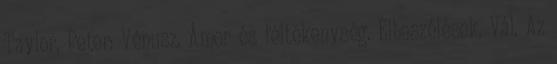
Taylor, Peter: Vénusz, Ámor és féltékenység. Elbeszélések. Vál. Az